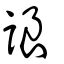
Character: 誏